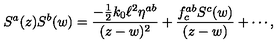
S ^ { a } ( z ) S ^ { b } ( w ) = \frac { - \frac { 1 } { 2 } k _ { 0 } \ell ^ { 2 } \eta ^ { a b } } { ( z - w ) ^ { 2 } } + \frac { f _ { c } ^ { a b } S ^ { c } ( w ) } { ( z - w ) } + \cdots ,